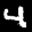
Label: 4